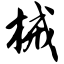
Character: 械